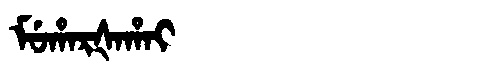
Manchu: ᠮᡠᡥᠠᡵᡧᠠᡥᠠᡳ
Romanization: MUHARŠAHAI